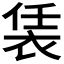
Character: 𧙨